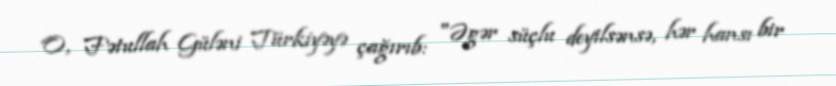
O, Fətullah Güləni Türkiyəyə çağırıb: "Əgər süçlu deyilsənsə, hər hansı bir